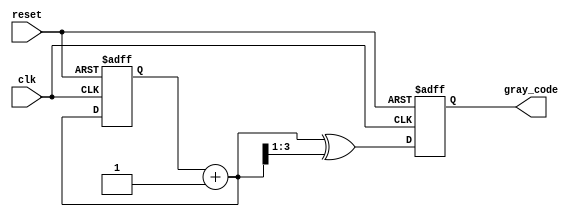
module gray_code_counter #(parameter n = 4) (
    input wire clk,                    // Clock signal
    input wire reset,                  // Asynchronous reset signal
    output reg [n-1:0] gray_code       // n-bit Gray code output
);

// Internal signals
reg [n-1:0] binary_count;             // n-bit binary counter
reg [n-1:0] next_binary_count;        // n-bit next binary count

// Binary to Gray code conversion function
function [n-1:0] binary_to_gray;
    input [n-1:0] binary;
    begin
        binary_to_gray = binary ^ (binary >> 1);
    end
endfunction

// Always block for counter operation
always @(posedge clk or posedge reset) begin
    if (reset) begin
        binary_count <= 0;              // Reset binary count to 0
        gray_code <= binary_to_gray(0); // Initialize Gray code output
    end else begin
        next_binary_count = binary_count + 1; // Increment binary count
        binary_count <= next_binary_count;      // Update binary count
        gray_code <= binary_to_gray(next_binary_count); // Update Gray code output
    end
end

endmodule